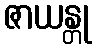
ဇာယန္တု